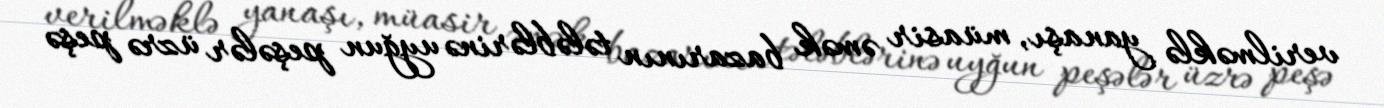
verilməklə yanaşı, müasir əmək bazarının tələblərinə uyğun peşələr üzrə peşə